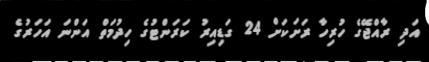
އަދި ރާއްޖޭގެ ހުރިހާ ރަށަކަށް 24 ގަޑިއިރު ކަރަންޓުގެ ހިދުމަތް އަންނަ އަހަރުގެ